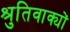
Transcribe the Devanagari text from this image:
श्रुतिवाक्यों